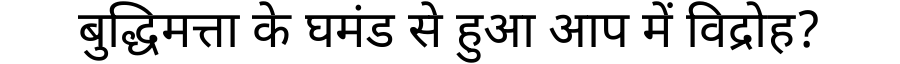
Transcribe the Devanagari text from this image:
बुद्धिमत्ता के घमंड से हुआ आप में विद्रोह?